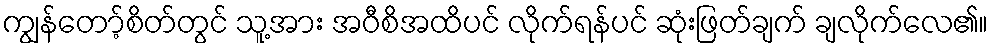
ကျွန်တော့်စိတ်တွင် သူ့အား အဝီစိအထိပင် လိုက်ရန်ပင် ဆုံးဖြတ်ချက် ချလိုက်လေ၏။